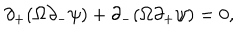
LaTeX: \partial _ { + } ( \Omega \partial _ { - } \psi ) + \partial _ { - } ( \Omega \partial _ { + } \psi ) = 0 ,